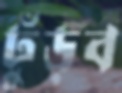
ঢুঁড়ব